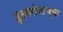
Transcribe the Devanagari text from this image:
हृदयरोगाच्या